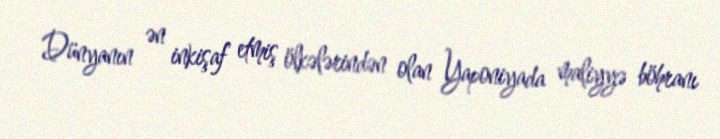
Dünyanın ən inkişaf etmiş ölkələrindən olan Yaponiyada maliyyə böhranı